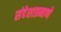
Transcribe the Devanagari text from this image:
संदेशाप्रमाणे